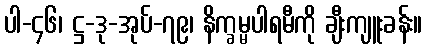
ပါ-၄၆၊ ဋ္ဌ-ဒု-အုပ်-၇၉၊ နိက္ခမ္မပါရမီကို ချီးကျူးခန်း။